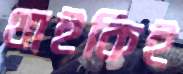
থাইকিই